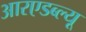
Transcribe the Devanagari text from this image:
आरएडब्ल्यू